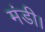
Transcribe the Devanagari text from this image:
मंडी।